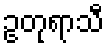
ဥတုရာသီ